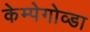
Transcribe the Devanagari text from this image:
केम्पेगोव्डा